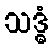
သဒ္ဓံ